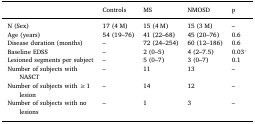
|  | Controls | MS | NMOSD | p |
 | --- | --- | --- | --- | --- |
 | N (Sex) | 17 (4 M) | 15 (4 M) | 15 (3 M) | – |
 | Age (years) | 54 (19–76) | 41 (22–68) | 45 (20–76) | 0.6 |
 | Disease duration (months) | – | 72 (24–254) | 60 (12–186) | 0.6 |
 | Baseline EDSS | – | 2 (0–5) | 4 (2–7.5) | 0.03⁎ |
 | Lesioned segments per subject | – | 5 (0–7) | 3 (0–7) | 0.1 |
 | Number of subjects with NASCT | – | 11 | 13 | – |
 | Number of subjects with ≥ 1 lesion | – | 14 | 12 | – |
 | Number of subjects with no lesions | – | 1 | 3 | – |